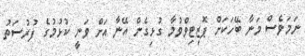
ނަމަވެސް މަނާ ބޭހަކަށް ޕޮޒިޓިވްވުމާ ގުޅިގެން އޭނާ އަށް ވަނީ ކުޅުމުގެ ފުރުސަތު